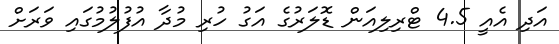
އަދި އެއީ 4.5 ޓްރިލިއަން ޑޮލަރުގެ އަގު ހުރި މުދާ އުފުލުމުގައި ވަރަށް